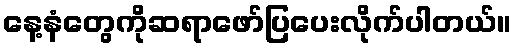
နေ့နံတွေကိုဆရာဖော်ပြပေးလိုက်ပါတယ်။